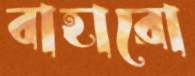
বাহারো